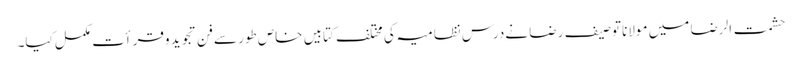
حشمت الرضا میں مولانا توصیف رضا نےدرس نظامیہ کی مختلف کتابیں خاص طور سےفن تجوید وقرأت مکمل کیا۔